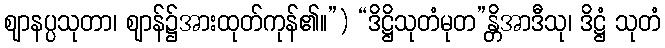
ဈာနပ္ပသုတာ၊ ဈာန်၌အားထုတ်ကုန်၏။”) “ဒိဋ္ဌိသုတံမုတ”န္တိအာဒီသု၊ ဒိဋ္ဌံ သုတံ